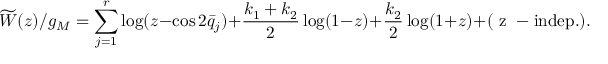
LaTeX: \widetilde { W } ( z ) / g _ { M } = \sum _ { j = 1 } ^ { r } \log ( z - \cos 2 \bar { q } _ { j } ) + \frac { k _ { 1 } + k _ { 2 } } { 2 } \log ( 1 - z ) + \frac { k _ { 2 } } { 2 } \log ( 1 + z ) + ( \mathrm { ~ z ~ - i n d e p . } ) .